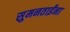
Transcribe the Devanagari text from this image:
सुमनताईंना